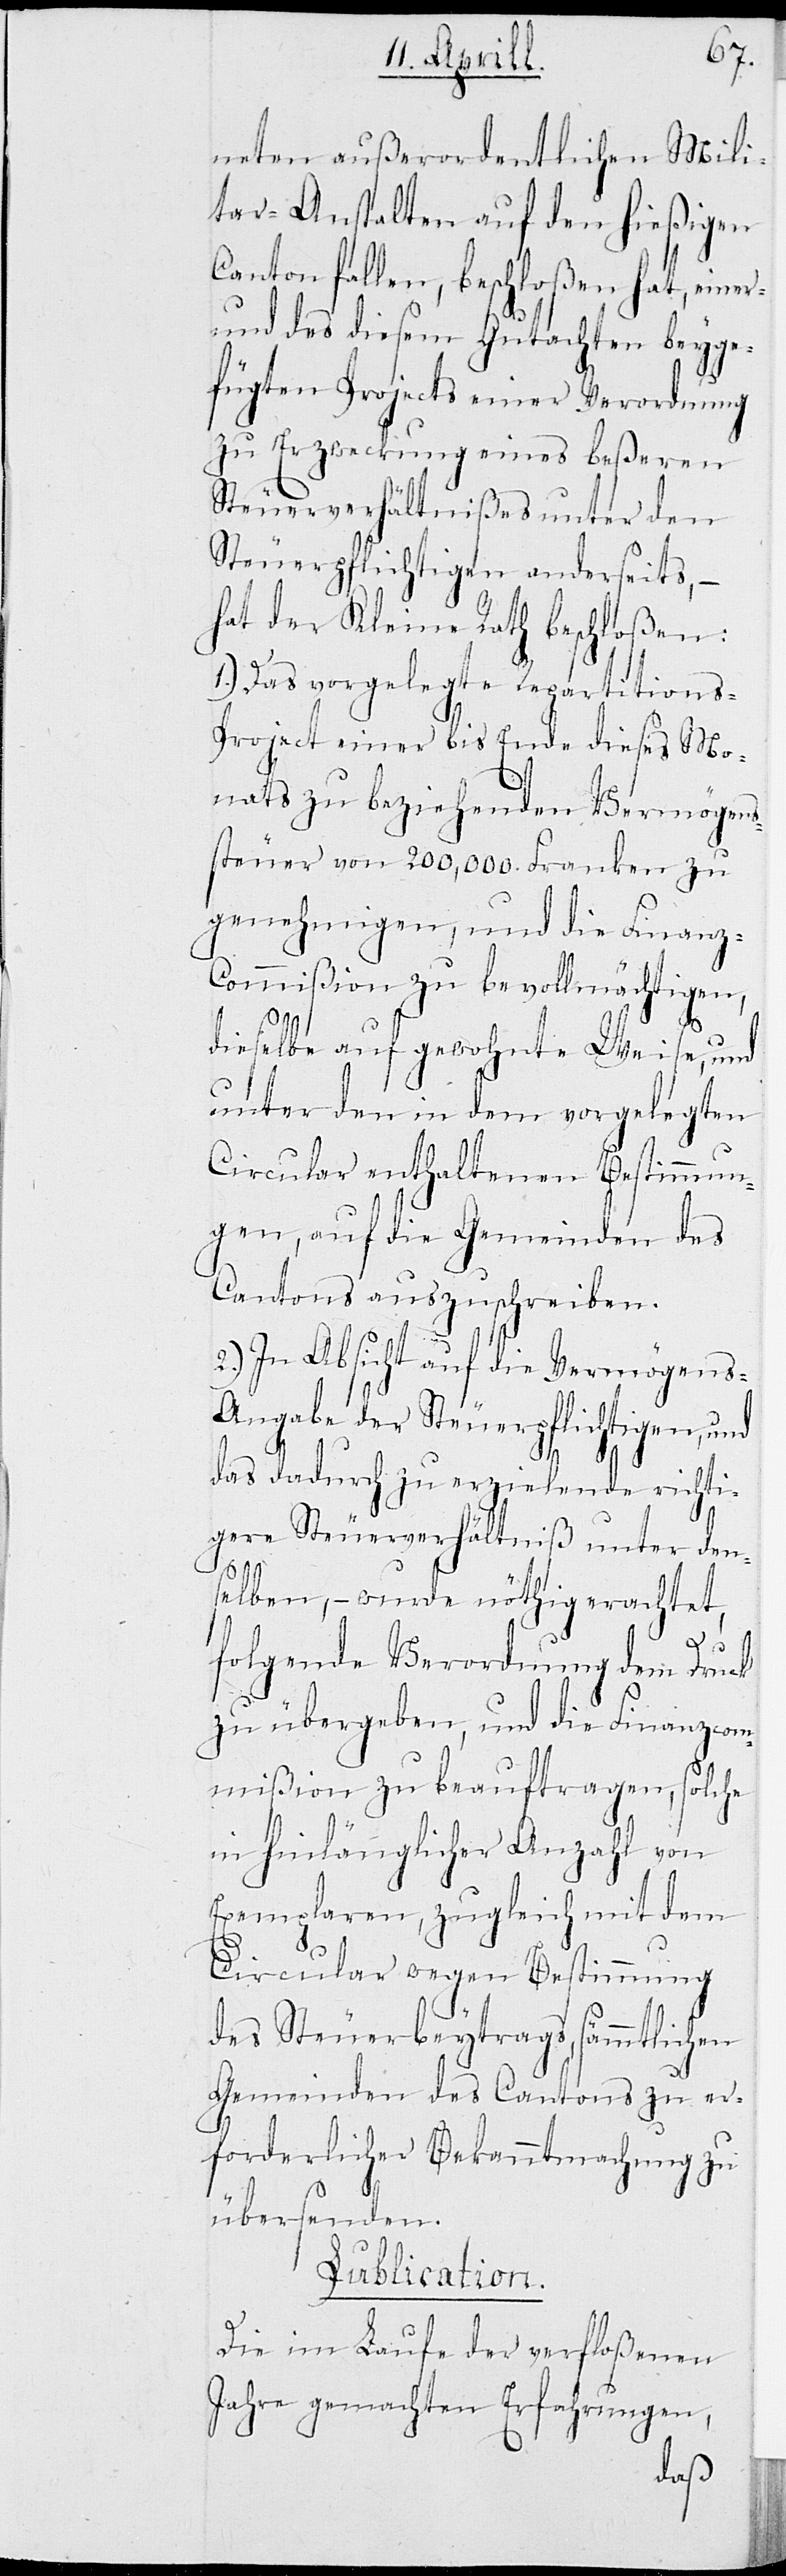
neten außerordentlichen Mili¬
tar-Anstalten auf den hießigen
Canton fallen, beschloßen hat, einer-
und des diesem Gutachten beyge¬
fügten Projects einer Verordnung
zu Erzweckung eines beßeren
Steuerverhältnißes unter den
Steuerpflichtigen anderseits, –
hat der Kleine Rath beschloßen:
1.) Das vorgelegte Repartition¬
s-Project einer bis Ende dieses Mo¬
nats zu beziehenden Vermögens¬
steuer von 200,000. Franken zu
genehmigen, und die Finanz-C¬
ommißion zu bevollmächtigen,
dieselbe auf gewohnte Weise, und
unter den in dem vorgelegten
Circular enthaltenen Bestimmun¬
gen, auf die Gemeinden des
Cantons auszuschreiben.
2.) In Absicht auf die Vermögens-A¬
ngabe der Steuerpflichtigen, und
das dadurch zu erzielende richti¬
ge Steuerverhältniß unter den¬
selben, – wurde nöthig erachtet,
folgende Verordnungen dem Druck
zu übergeben, und die Finanzcom¬
mißion zu beauftragen, solche
in hinlänglicher Anzahl von
Exemplaren, zugleich mit dem
Circular wegen Bestimmung
des Steuerbeytrags, sämmtlichen
Gemeinden des Cantons zu er¬
forderlicher Bekanntmachung zu
übersenden.
Publication.
Die im Laufe der verfloßenen
Jahre gemachten Erfahrungen,